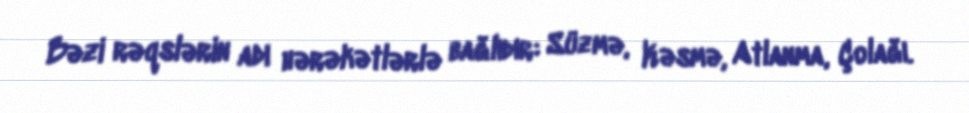
Bəzi rəqslərin adı hərəkətlərlə bağlıdır: Süzmə, Kəsmə, Atlanma, Çolağı.